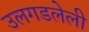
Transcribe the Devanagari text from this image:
उलगडलेली